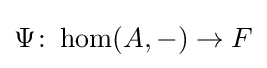
\Psi \colon \hom(A,-)\to F